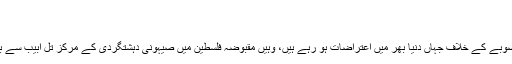
تصاویر
Feb ۰۷, ۲۰۲۰ ۱۱:۵۹
سینچری ڈیل نامی ناپاک صیہونی و امریکی منصوبے کے خلاف جہاں دنیا بھر میں اعتراضات ہو رہے ہیں، وہیں مقبوضہ فلسطین میں صیہونی دہشتگردی کے مرکز تل ابیب سے بھی اعتراضات کی تصاویر موصول ہو رہی ہیں۔